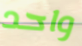
واحد